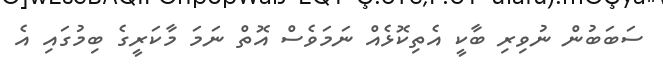
ސަބަބުން ނުވިރި ބާކީ އެތިކޮޅެއް ނަމަވެސް އޮތް ނަމަ މާކަރީގެ ބިމުގައި އެ